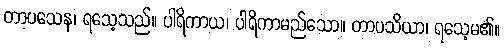
တာပသေန၊ ရသေ့သည်။ ပါရိကာယ၊ ပါရိကာမည်သော။ တာပသိယာ၊ ရသေ့မ၏။